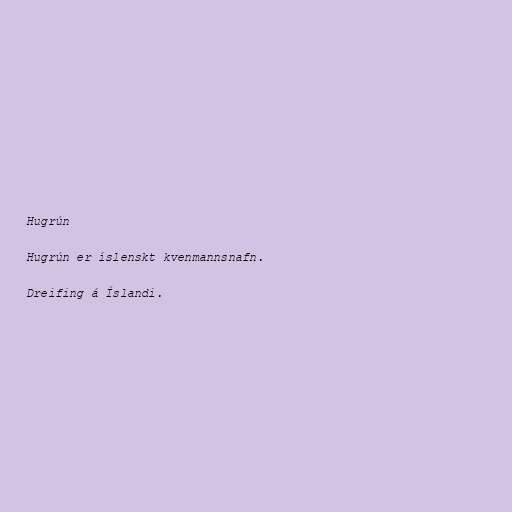
Hugrún

Hugrún er íslenskt kvenmannsnafn.

Dreifing á Íslandi.